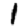
Digit: 1